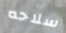
سلاحه